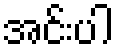
အင်းပါ